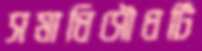
সমাধিসৌধটি